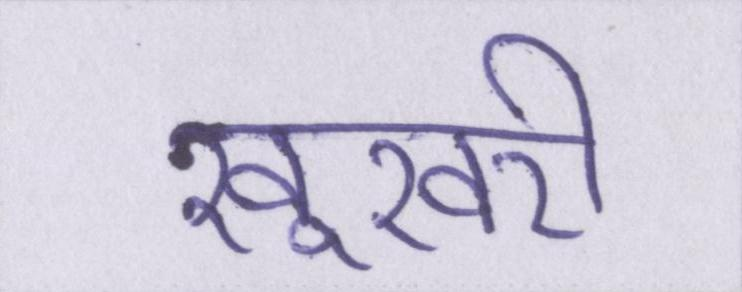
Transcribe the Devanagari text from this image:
खूखरी